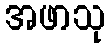
အဖာသု